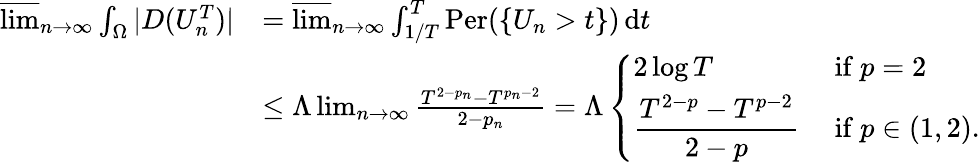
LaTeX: \begin{array}{rl}{\varlimsup_{n\to\infty}\int_{\Omega}|D(U_{n}^{T})|}&{=\varlimsup_{n\to\infty}\int_{1/T}^{T}\mathrm{Per}(\{ U_{n}>t\} )\, \mathrm dt}\\ &{\leq\Lambda\operatorname*{lim}_{n\to\infty}\frac{T^{2-p_{n}}-T^{p_{n}-2}}{2-p_{n}}=\Lambda\left\{ \begin{array}{ll}{2\log T}&{\mathrm{~if~}p=2}\\ {\displaystyle\frac{T^{2-p}-T^{p-2}}{2-p}}&{\mathrm{~if~}p\in(1,2).}\end{array}\right.}\end{array}